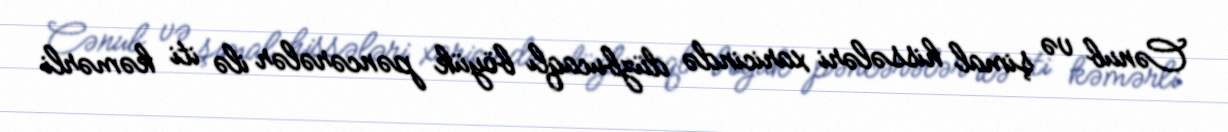
Cənub və şimal hissələri xaricində düzbucaqlı böyük pəncərələr ilə iti kəmərli